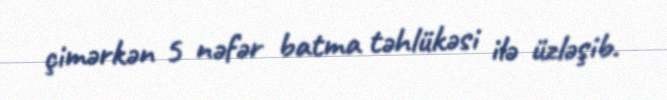
çimərkən 5 nəfər batma təhlükəsi ilə üzləşib.